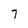
Character: 7